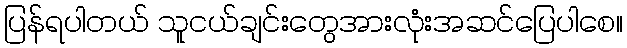
ပြန်ရပါတယ် သူငယ်ချင်းတွေအားလုံးအဆင်ပြေပါစေ။